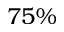
7 5 \%